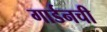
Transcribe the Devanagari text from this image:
गार्डनची